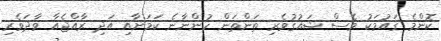
ކޮންމެ ގައުމަކު ވެސް ޝައުގުވެރި ތަންތަން ހުންނާނެ ކަމަށާއި އަދި ރާއްޖެއާ ވާދަވެރި